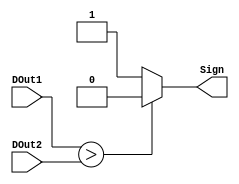
module Comparator(
    DOut1,
    DOut2,
    Sign
);

input [7:0]DOut1,DOut2;
output Sign;

wire [7:0] DOut1;
wire [7:0] DOut2;
reg Sign;

always @(*)
if(DOut1 > DOut2)
    Sign <= 0;
else
    Sign <= 1;

endmodule